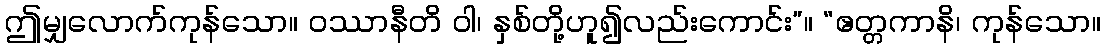
ဤမျှလောက်ကုန်သော။ ဝဿာနီတိ ဝါ၊ နှစ်တို့ဟူ၍လည်းကောင်း”။ “ဧတ္တကာနိ၊ ကုန်သော။